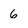
Character: 6